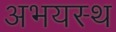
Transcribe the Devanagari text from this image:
अभयस्थ